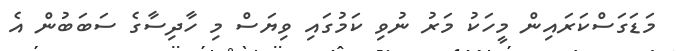
މަޑަގަސްކަރައިން މީހަކު މަރު ނުވި ކަމުގައި ވިޔަސް މި ހާދިސާގެ ސަބަބުން އެ